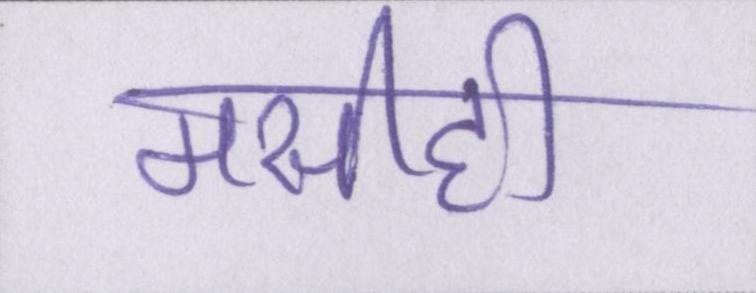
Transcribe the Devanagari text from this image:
मसीही